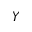
Y